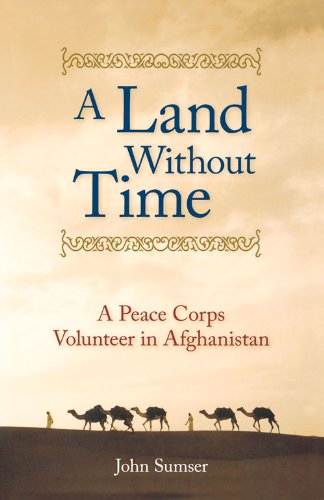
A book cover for A Land Without Time: A Peace Corps Volunteer in Afghanistan; John Sumser; Travel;